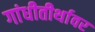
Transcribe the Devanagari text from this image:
गांधीतीर्थावर